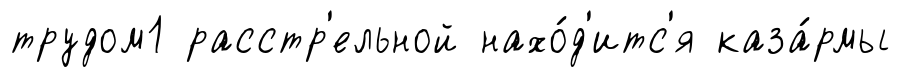
трудом1 расстр'ельной нахо́д'итс'я каза́рмы